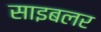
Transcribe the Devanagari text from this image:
साइबलर